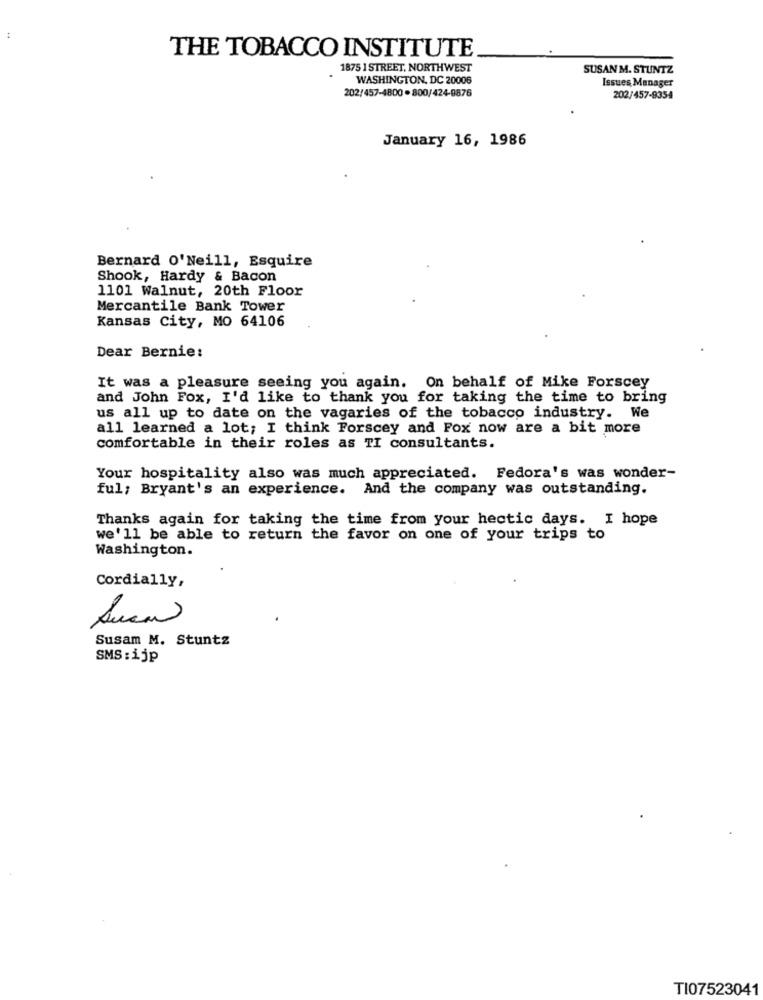
THE TOBACCO INSTITUTE
1875 1 STREET, NORTHWEST
SUSAN M. STUNTZ
WASHINGTON, DC 20006
Issues Manager
202/457-4800 -800/424-9876
202/457-9354
January 16, 1986
Bernard O'Neill, Esquire
Shook, Hardy & Bacon
1101 Walnut, 20th Floor
Mercantile Bank Tower
Kansas City, MO 64106
Dear Bernie:
It was a pleasure seeing you again. On behalf of Mike Forscey
and John Fox, I'd like to thank you for taking the time to bring
us all up to date on the vagaries of the tobacco industry. We
all learned a lot; I think Forscey and Fox now are a bit more
comfortable in their roles as TI consultants.
Your hospitality also was much appreciated. Fedora's was wonder-
ful; Bryant's an experience. And the company was outstanding.
Thanks again for taking the time from your hectic days. I hope
we'll be able to return the favor on one of your trips to
Washington.
Cordially,
Luca
Susam M. Stuntz
SMS:ijp
TI07523041